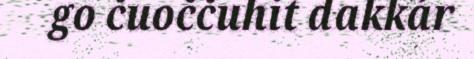
go čuoččuhit dakkár